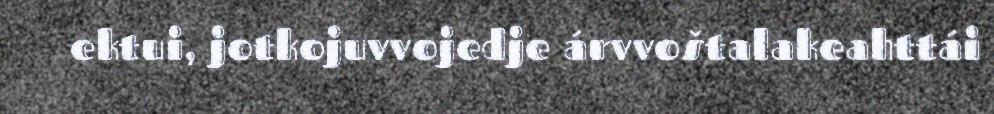
ektui, jotkojuvvojedje árvvoštalakeahttái